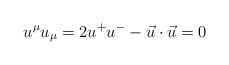
LaTeX: \begin{align*}u^{\mu}u_{\mu} = 2 u^{+}u^{-} - \vec{u}\cdot \vec{u} = 0\end{align*}